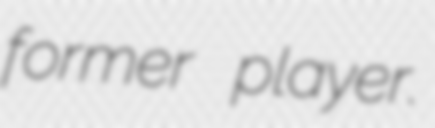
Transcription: former player.